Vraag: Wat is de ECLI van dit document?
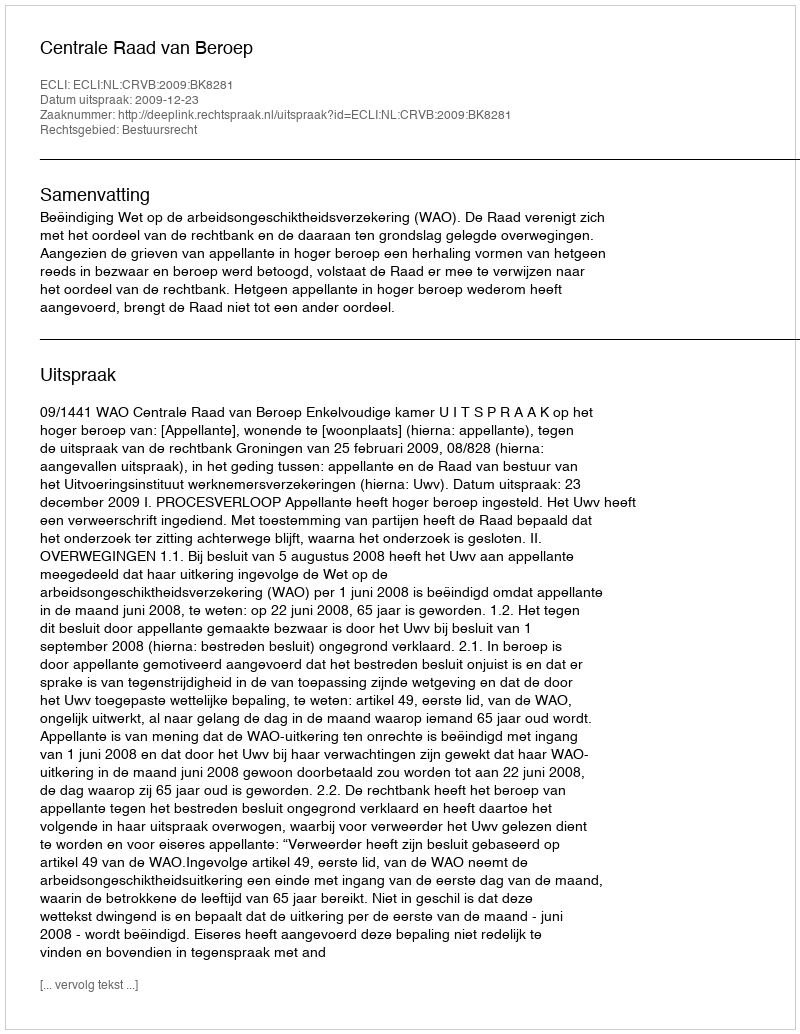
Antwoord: ECLI:NL:CRVB:2009:BK8281